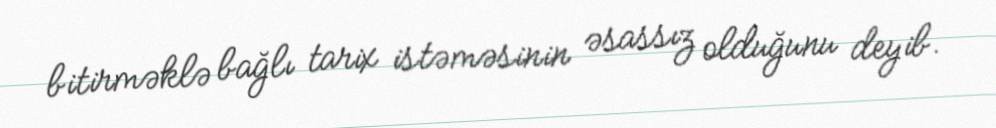
bitirməklə bağlı tarix istəməsinin əsassız olduğunu deyib.